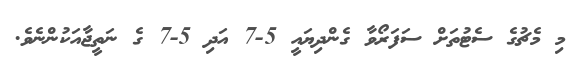
މި މެޗުގެ ސެޓުތަށް ސަފަރޯވާ ގެންދިޔައީ 5-7 އަދި 5-7 ގެ ނަތީޖާއަކުންނެވެ.